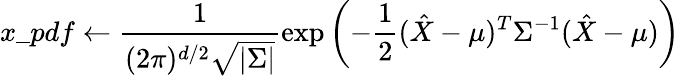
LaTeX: x\_ pdf\leftarrow\frac{1}{(2\pi)^{d/2}\sqrt{|\Sigma|}}\exp\left(-\frac{1}{2}(\hat{X}-\mu)^{T}\Sigma^{-1}(\hat{X}-\mu)\right)